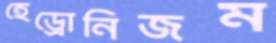
হেড্রোনিজম